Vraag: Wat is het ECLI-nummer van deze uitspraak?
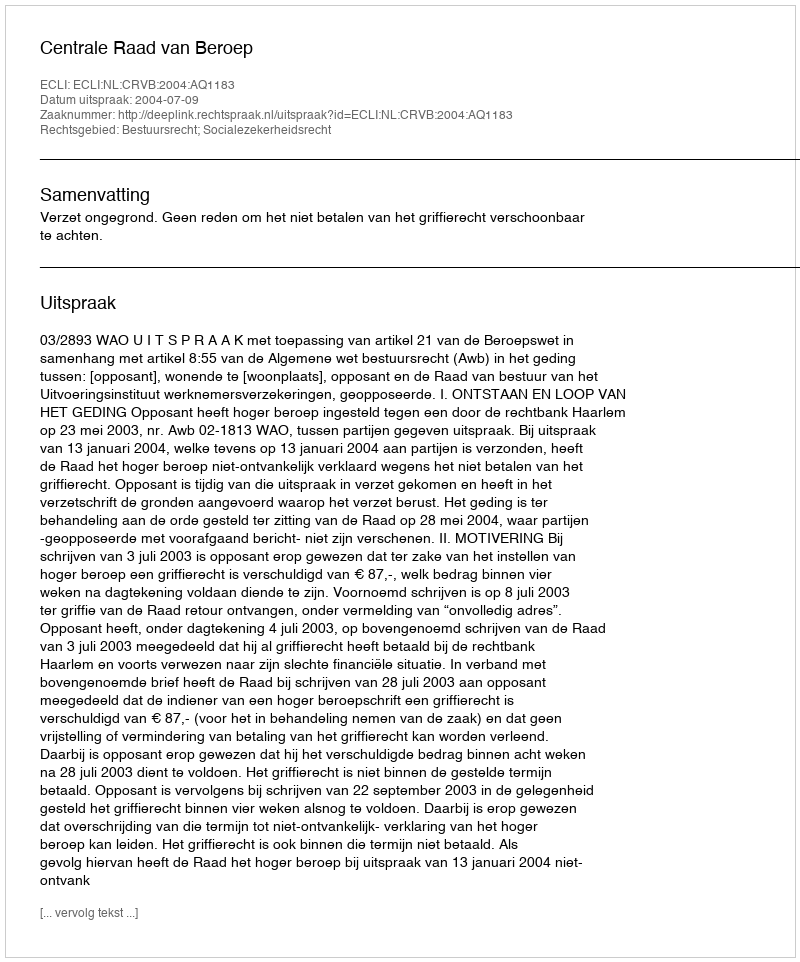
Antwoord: ECLI:NL:CRVB:2004:AQ1183